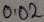
Text: 0.02